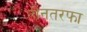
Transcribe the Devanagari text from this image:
तीनतरफा